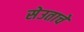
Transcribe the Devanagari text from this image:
सेउताचे